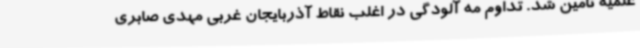
علمیه تامین شد. تداوم مه آلودگی در اغلب نقاط آذربایجان غربی مهدی صابری